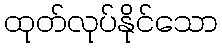
ထုတ်လုပ်နိုင်သော